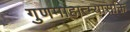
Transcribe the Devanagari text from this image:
गुणमाहात्म्यासक्ति